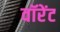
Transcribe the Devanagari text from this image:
वॉरेंट